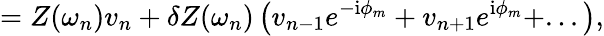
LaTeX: =Z(\omega_{n})v_{n}+\delta Z(\omega_{n})\left(v_{n-1}e^{-\textrm{i}\phi_{m}}+v_{n+1}e^{\textrm{i}\phi_{m}}+...\right),